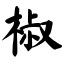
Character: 椒